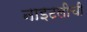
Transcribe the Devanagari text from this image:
नाइटलीची